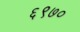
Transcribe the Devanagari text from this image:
६९७०